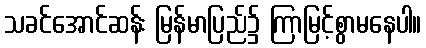
သခင်အောင်ဆန်း မြန်မာပြည်၌ ကြာမြင့်စွာမနေပါ။